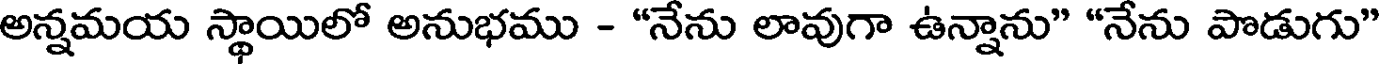
అన్నమయ స్థాయిలో అనుభము - "నేను లావుగా ఉన్నాను" "నేను పొడుగు"